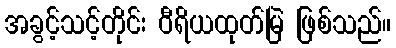
အခွင့်သင့်တိုင်း ဝီရိယထုတ်မြဲ ဖြစ်သည်။